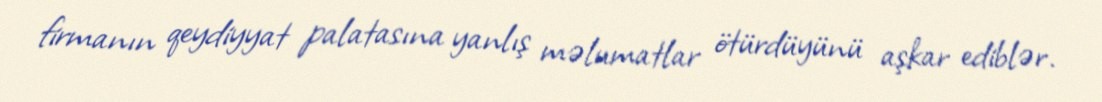
firmanın qeydiyyat palatasına yanlış məlumatlar ötürdüyünü aşkar ediblər.